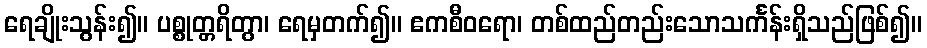
ရေချိုးသွန်း၍။ ပစ္စုတ္တရိတွာ၊ ရေမှတက်၍။ ဧကစီဝရော၊ တစ်ထည်တည်းသောသင်္ကန်းရှိသည်ဖြစ်၍။